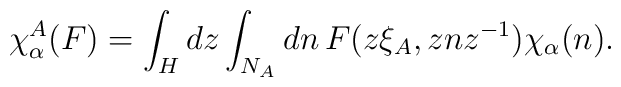
\chi^{A}_{\alpha}(F)=\int_H dz \int_{N_A} dn \,F(z\xi_{A},znz^{-1})\chi_{\alpha}(n).